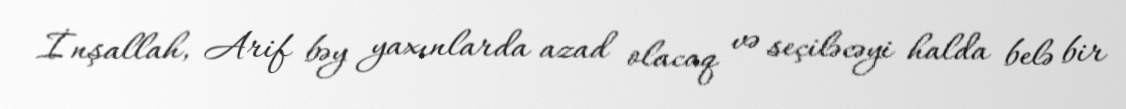
İnşallah, Arif bəy yaxınlarda azad olacaq və seçiləcəyi halda belə bir